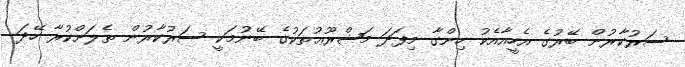
ސަރުކާރުން ބޭރުގެ އެހީއާއެކު ހިންގާ މިފަދަ މަޝްރޫޢުތަކުގެ ބޭނުމަކީ ސަރުކާރުން ތެލަށްކުރާ ހޭދަ